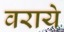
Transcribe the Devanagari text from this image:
वराये